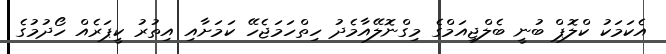
އެކަމަކު ކްލޮޕް ބުނީ ބެލްޖިއަމްގެ މިގްނޮލޭއާމެދު ހިތްހަމަޖެހޭ ކަމަށާއި އިތުރު ކީޕަރެއް ހޯދުމުގެ